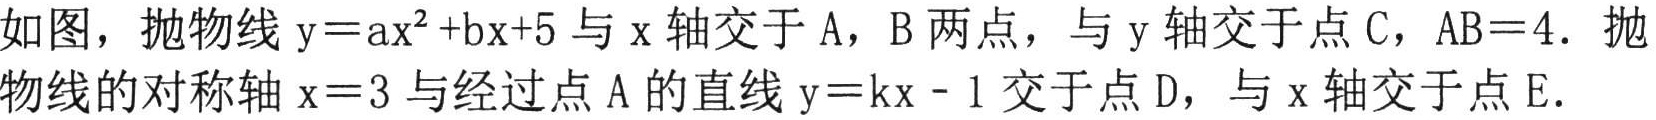
如图，抛物线\(y = ax^{2}+bx + 5\)与\(x\)轴交于\(A\)，\(B\)两点，与\(y\)轴交于点\(C\)，\(AB = 4\)．抛物线的对称轴\(x = 3\)与经过点\(A\)的直线\(y = kx - 1\)交于点\(D\)，与\(x\)轴交于点\(E\)．